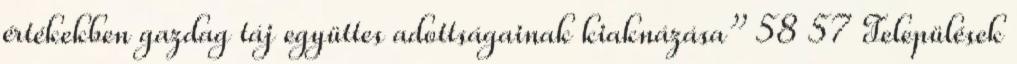
értékekben gazdag táj együttes adottságainak kiaknázása” 58 57 Települések